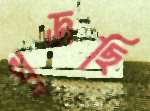
খুজছি